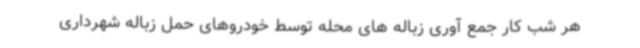
هر شب کار جمع آوری زباله های محله توسط خودروهای حمل زباله شهرداری